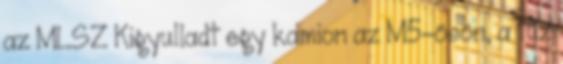
az MLSZ Kigyulladt egy kamion az M5-ösön, a tűz